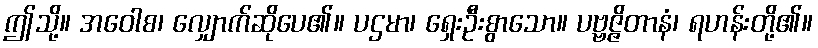
ဤသို့။ အဝေါစ၊ လျှောက်ဆိုပေ၏။ ပဌမာ၊ ရှေးဦးစွာသော။ ပဗ္ဗဇ္ဇိတာနံ၊ ရဟန်းတို့၏။